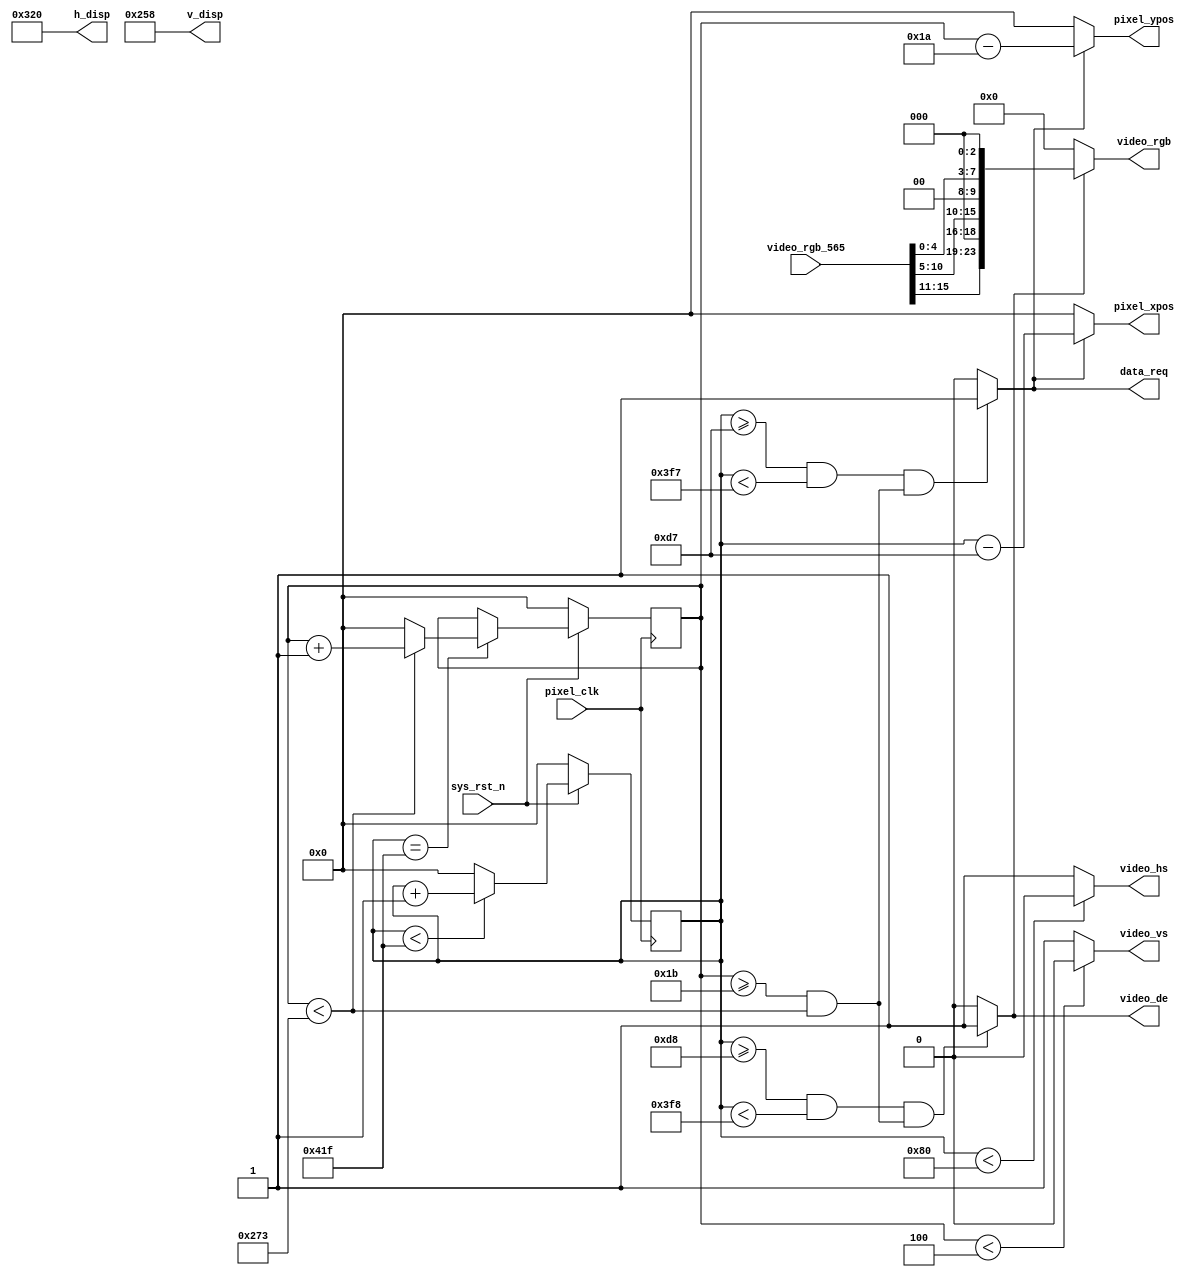
module HDMI_driver(
    input           pixel_clk     ,
    input           sys_rst_n     ,
    
    //RGB
    output          video_hs      ,   //
    output          video_vs      ,   //
    output          video_de      ,   //
    output  [23:0]  video_rgb     ,   //RGB888
	 output          data_req      ,
    
    input   [15:0]  video_rgb_565 ,   //
    output  [10:0]  pixel_xpos    ,   //
    output  [10:0]  pixel_ypos    ,   //
	 output  [10:0]  h_disp        ,
	 output  [10:0]  v_disp
);

//parameter define
//640*600 
parameter  H_SYNC   =  11'd128;  //
parameter  H_BACK   =  11'd88;  //
parameter  H_DISP   =  11'd800; //
parameter  H_FRONT  =  11'd40;  //
parameter  H_TOTAL  =  11'd1056; //

parameter  V_SYNC   =  11'd4;    //
parameter  V_BACK   =  11'd23;   //
parameter  V_DISP   =  11'd600;  //
parameter  V_FRONT  =  11'd1;   //
parameter  V_TOTAL  =  11'd628;  //


//reg define
reg  [10:0] cnt_h;
reg  [10:0] cnt_v;

//wire define
wire       video_en;
wire [23:0]pixel_data; 
//*****************************************************
//**                    main code
//*****************************************************

assign video_de  = video_en;

assign video_hs  = ( cnt_h < H_SYNC ) ? 1'b0 : 1'b1;  //
assign video_vs  = ( cnt_v < V_SYNC ) ? 1'b0 : 1'b1;  //

//RGB
assign video_en  = (((cnt_h >= H_SYNC+H_BACK) && (cnt_h < H_SYNC+H_BACK+H_DISP))
                 &&((cnt_v >= V_SYNC+V_BACK) && (cnt_v < V_SYNC+V_BACK+V_DISP)))
                 ?  1'b1 : 1'b0;

//RGB888
assign video_rgb = video_en ? pixel_data : 24'd0;

//
assign data_req = (((cnt_h >= H_SYNC+H_BACK-1'b1) && 
                    (cnt_h < H_SYNC+H_BACK+H_DISP-1'b1))
                  && ((cnt_v >= V_SYNC+V_BACK) && (cnt_v < V_SYNC+V_BACK+V_DISP)))
                  ?  1'b1 : 1'b0;

//
assign pixel_xpos = data_req ? (cnt_h - (H_SYNC + H_BACK - 1'b1)) : 11'd0;
assign pixel_ypos = data_req ? (cnt_v - (V_SYNC + V_BACK - 1'b1)) : 11'd0;

assign pixel_data = {video_rgb_565[15:11],3'b000,video_rgb_565[10:5],2'b00,
                    video_rgb_565[4:0],3'b000};

//
assign h_disp = H_DISP;
assign v_disp = V_DISP; 

//
always @(posedge pixel_clk ) begin
    if (!sys_rst_n)
        cnt_h <= 11'd0;
    else begin
        if(cnt_h < H_TOTAL - 1'b1)
            cnt_h <= cnt_h + 1'b1;
        else 
            cnt_h <= 11'd0;
    end
end

//
always @(posedge pixel_clk ) begin
    if (!sys_rst_n)
        cnt_v <= 11'd0;
    else if(cnt_h == H_TOTAL - 1'b1) begin
        if(cnt_v < V_TOTAL - 1'b1)
            cnt_v <= cnt_v + 1'b1;
        else 
            cnt_v <= 11'd0;
    end
end

endmodule